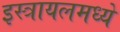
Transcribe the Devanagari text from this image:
इस्त्रायलमध्ये